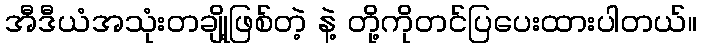
အီဒီယံအသုံးတချို့ဖြစ်တဲ့ နဲ့ တို့ကိုတင်ပြပေးထားပါတယ်။